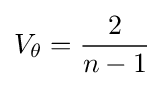
V_{\theta }={\frac {2}{n-1}}